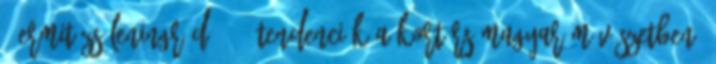
, Ermitázs Leningrád 1983 Tendenciák a kortárs magyar művészetben,